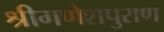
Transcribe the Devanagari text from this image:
श्रीगणेशपुराण